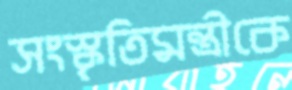
সংস্কৃতিমন্ত্রীকে